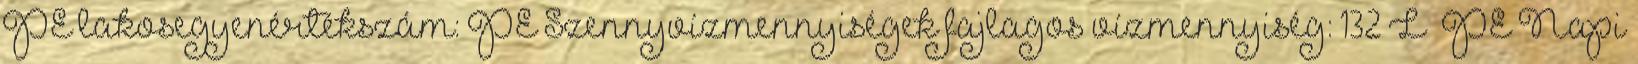
PE lakosegyenértékszám: PE Szennyvízmennyiségek fajlagos vízmennyiség: 132 L PE Napi